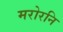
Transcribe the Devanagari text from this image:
मरोरनि